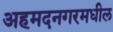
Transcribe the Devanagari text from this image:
अहमदनगरमधील